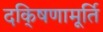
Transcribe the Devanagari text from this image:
दकि्षणामूर्ति